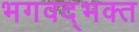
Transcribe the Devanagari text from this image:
भगवद्‌भक्त